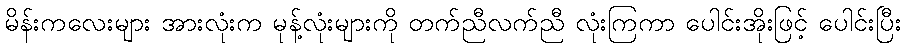
မိန်းကလေးများ အားလုံးက မုန့်လုံးများကို တက်ညီလက်ညီ လုံးကြကာ ပေါင်းအိုးဖြင့် ပေါင်းပြီး